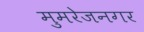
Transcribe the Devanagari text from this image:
मुमरेजनगर